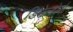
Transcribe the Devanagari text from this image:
डिमेन्टोर्स